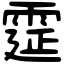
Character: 𩃀